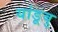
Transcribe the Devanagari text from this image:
यांडूबु